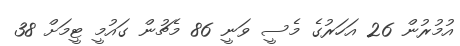
އުމުރުން 26 އަހަރުގެ މެސީ ވަނީ 86 މެޗުން ގައުމީ ޓީމަށް 38